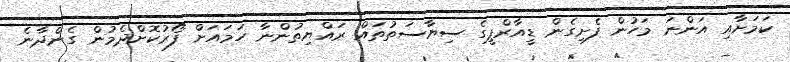
ކަމަށާއި އަންނަ މަހުން ފެށިގެން ޑީއާރްޕީގެ ސިޔާސަތުތައް ރައްޔިތުންނާ ހަމައަށް ފޯރުކޮށްދެމުން ގެންދާނެ